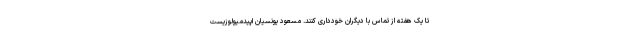
تا یک هفته از تماس با دیگران خودداری کنند. مسعود یونسیان اپیدمیولوزیست